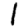
Digit: 1